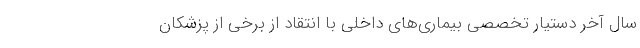
سال آخر دستیار تخصصی بیماری‌های داخلی با انتقاد از برخی از پزشکان